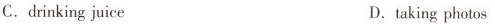
C.drinking juice D. taking photos